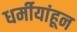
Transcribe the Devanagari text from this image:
धर्मीयांहून